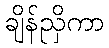
ချိန်ညှိကာ